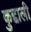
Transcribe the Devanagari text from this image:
कुद्दाली